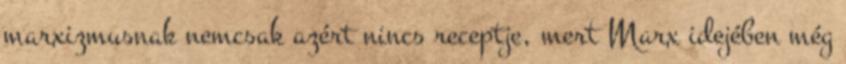
marxizmusnak nemcsak azért nincs receptje, mert Marx idejében még